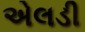
એલડી